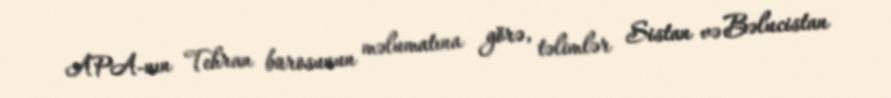
APA-nın Tehran bürosunun məlumatına görə, təlimlər Sistan və Bəlucistan